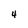
Character: 4